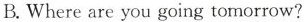
B. Where are you going tomorrow?